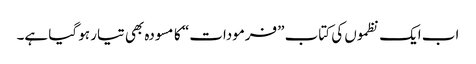
اب ایک نظموں کی کتاب ”فرمودات“ کا مسودہ بھی تیار ہو گیا ہے۔